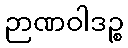
ဉာဏဝါဒဉ္စ